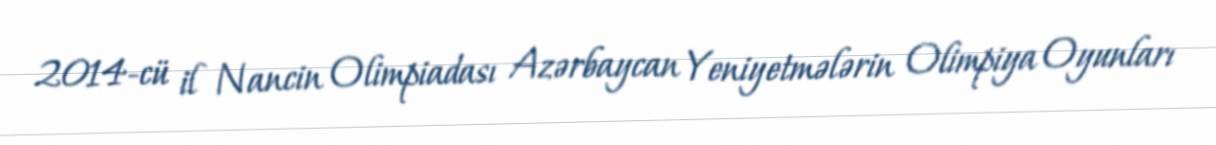
2014-cü il Nancin Olimpiadası Azərbaycan Yeniyetmələrin Olimpiya Oyunları